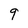
Character: 9